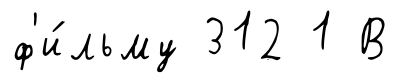
ф'и́льму 312 1 В